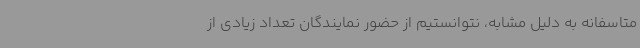
متاسفانه به دلیل مشابه، نتوانستیم از حضور نمایندگان تعداد زیادی از